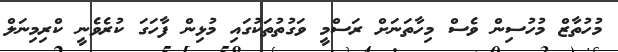
މުހުތާޒް މުހުސިން ވެސް މިހާތަނަށް ރަސްމީ ވަގުތުތަކުގައި މުޅިން ފާހަގަ ކުރެވެނީ ކްރިމިނަލް